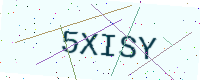
Text: 5XISY